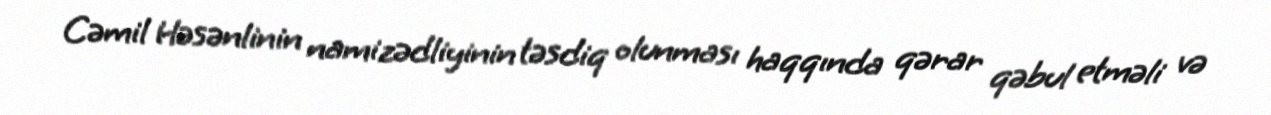
Cəmil Həsənlinin namizədliyinin təsdiq olunması haqqında qərar qəbul etməli və